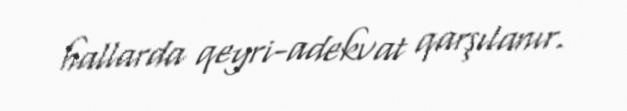
hallarda qeyri-adekvat qarşılanır.